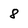
Character: 8